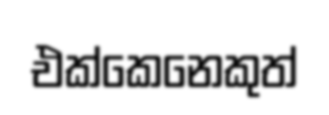
එක්කෙනෙකුත්